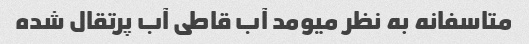
متاسفانه به نظر میومد آب قاطی آب پرتقال شده